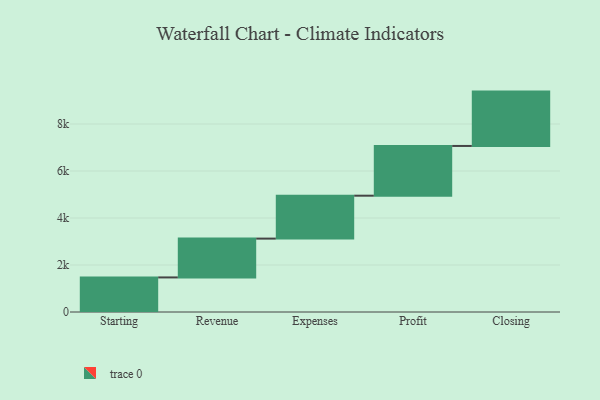
{"axis": {"x": "Step", "y": "Value"}, "legend": [""], "data": [{"x": "Starting", "y": 1471.0, "type": ""}, {"x": "Revenue", "y": 1652.0, "type": ""}, {"x": "Expenses", "y": 1826.0, "type": ""}, {"x": "Profit", "y": 2116.0, "type": ""}, {"x": "Closing", "y": 2313.0, "type": ""}]}